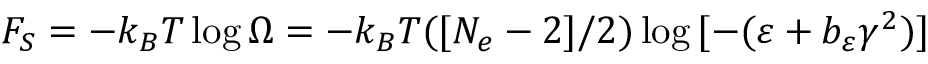
F _ { S } = - k _ { B } T \log { \Omega } = - k _ { B } T ( [ N _ { e } - 2 ] / 2 ) \log { [ - ( \varepsilon + b _ { \varepsilon } \gamma ^ { 2 } ) ] }